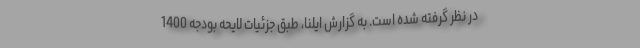
در نظر گرفته شده است. به گزارش ایلنا، طبق جزئیات لایحه بودجه 1400